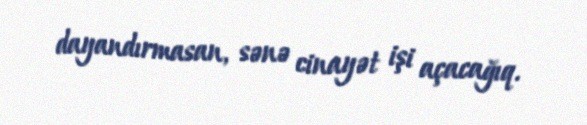
dayandırmasan, sənə cinayət işi açacağıq.